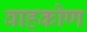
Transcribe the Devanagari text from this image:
वाहकोण